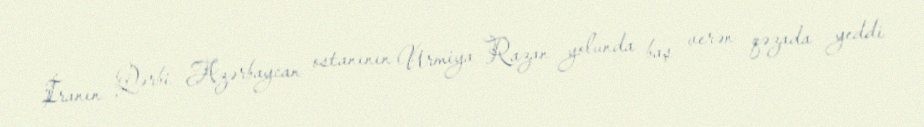
İranın Qərbi Azərbaycan ostanının Urmiya-Razan yolunda baş verən qəzada yeddi